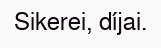
Sikerei, díjai.